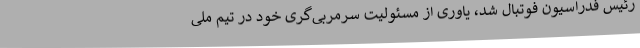
رئیس فدراسیون فوتبال شد، یاوری از مسئولیت سرمربی‌گری خود در تیم ملی